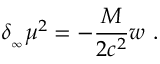
\delta _ { _ \infty } \mu ^ { 2 } = - { \frac { M } { 2 c ^ { 2 } } } w \ .